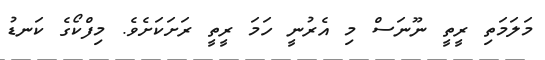
މަލަމަތި ރީތީ ނޫނަސް މި އެރުނީ ހަމަ ރީތީ ރަށަކަށެވެ. މިފްކޯގެ ކަަނޑު